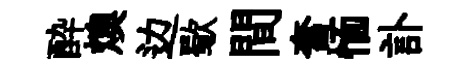
酔燠边歜間奮愐訃